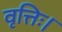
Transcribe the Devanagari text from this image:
वृत्तिः।